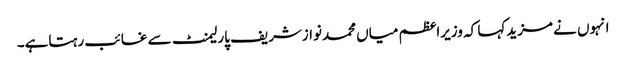
انہوں نے مزیدکہا کہ وزیراعظم میاں محمدنوازشریف پارلیمنٹ سے غائب رہتاہے۔